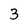
Character: 3